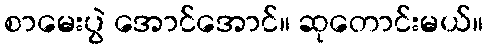
စာမေးပွဲ အောင်အောင်။ ဆုတောင်းမယ်။